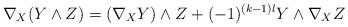
LaTeX: \begin{align*}\nabla_X (Y\wedge Z) = (\nabla_XY)\wedge Z+(-1)^{(k-1)l}Y\wedge \nabla_X Z\end{align*}